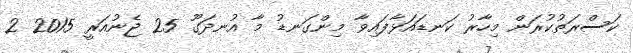
ކަސްރަތުކުރަން މިހާރު ކަނޑައަޅާފައިވާ މިންގަނޑު މާ އުނދަގޫ 25 ޖެނުއަރީ 2015 2